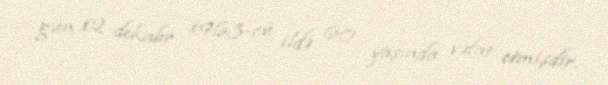
gün 12 dekabr 1963-cü ildə 60 yaşında vəfat etmişdir.